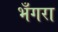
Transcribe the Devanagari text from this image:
भँगरा